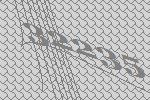
32235